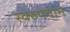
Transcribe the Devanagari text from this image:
स्वरुपवान